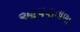
આપવાવાળા